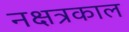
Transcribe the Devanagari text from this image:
नक्षत्रकाल